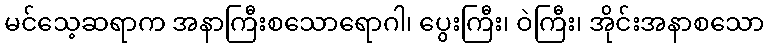
မင်သေ့ဆရာက အနာကြီးစသောရောဂါ၊ ပွေးကြီး၊ ဝဲကြီး၊ အိုင်းအနာစသော